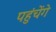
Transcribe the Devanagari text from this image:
पहुंचेंगे